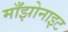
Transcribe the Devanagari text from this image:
माँझोनाइट